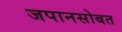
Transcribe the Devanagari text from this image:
जपानसोबत